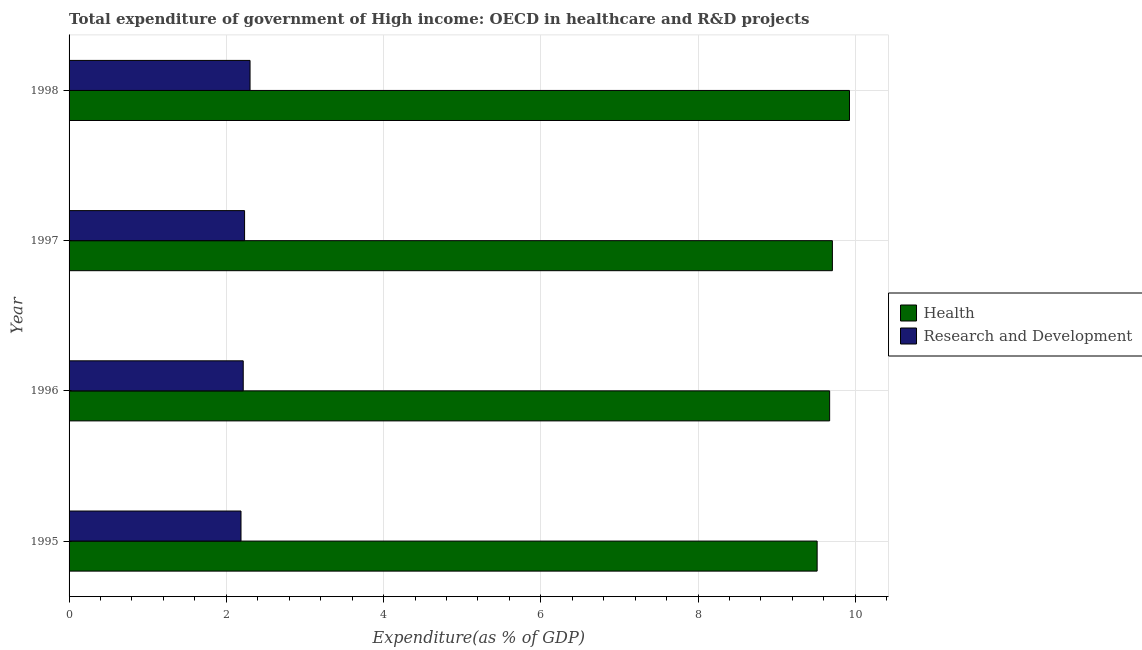
| Year | Health | Research and Development |
 | --- | --- | --- |
 | 1995 | 9.51 | 2.19 |
 | 1996 | 9.67 | 2.22 |
 | 1997 | 9.71 | 2.23 |
 | 1998 | 9.93 | 2.3 |